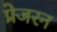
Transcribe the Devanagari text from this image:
प्रेजरन